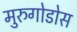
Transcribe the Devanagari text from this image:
मुरुगोडोस